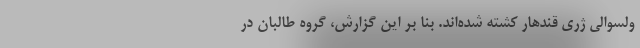
ولسوالی ژری قندهار کشته شده‌اند. بنا بر این گزارش، گروه طالبان در